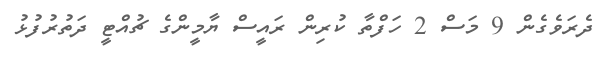
ދެރަވެގެން 9 މަސް 2 ހަފްތާ ކުރިން ރައީސް ޔާމީންގެ ޗުއްޓީ ދަތުރުފުޅު